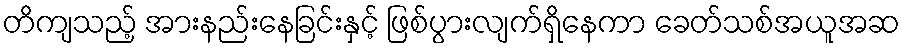
တိကျသည့် အားနည်းနေခြင်းနှင့် ဖြစ်ပွားလျက်ရှိနေကာ ခေတ်သစ်အယူအဆ